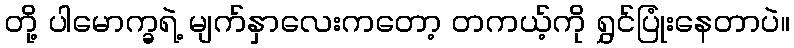
တို့ ပါမောက္ခရဲ့ မျက်နှာလေးကတော့ တကယ့်ကို ရွှင်ပြုံးနေတာပဲ။